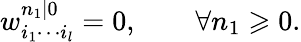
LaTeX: w_{i_{1}\cdots i_{l}}^{n_{1}|0}=0,\qquad\forall n_{1}\geqslant 0.